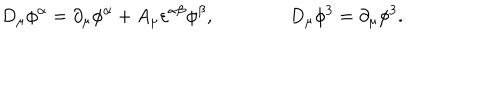
D _ { \mu } \phi ^ { \alpha } = \partial _ { \mu } \phi ^ { \alpha } + A _ { \mu } \varepsilon ^ { \alpha \beta } \phi ^ { \beta } , \qquad \qquad D _ { \mu } \phi ^ { 3 } = \partial _ { \mu } \phi ^ { 3 } .